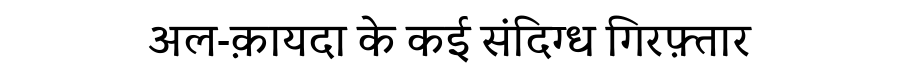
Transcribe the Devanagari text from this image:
अल-क़ायदा के कई संदिग्ध गिरफ़्तार